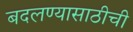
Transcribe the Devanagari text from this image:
बदलण्यासाठीची